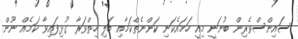
ސައިންސްވެރިން ބުނަނީ މިއީ ހަމައެކަނި ކަންނެތްކަމާއި ބަލި ހިތްވަރާ ގުޅިފައިވާ ކަމެއް ނޫން